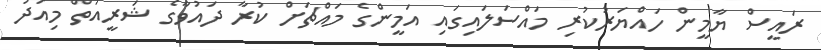
ރައީސް ޔާމީން ހައްޔަރުކުރި މައްސަލައިގައި އަމީންގެ މައްޗަށް ކުރާ ދައުވާގެ ޝަރީއަތް މިއަދު